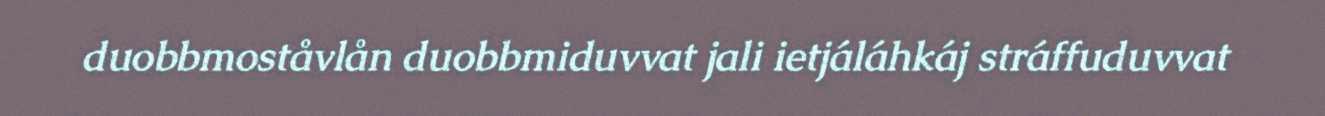
duobbmoståvlån duobbmiduvvat jali ietjáláhkáj stráffuduvvat